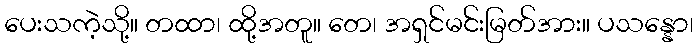
ပေးသကဲ့သို့။ တထာ၊ ထို့အတူ။ တေ၊ အရှင်မင်းမြတ်အား။ ပသန္နော၊